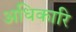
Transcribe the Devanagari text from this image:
अधिकारि